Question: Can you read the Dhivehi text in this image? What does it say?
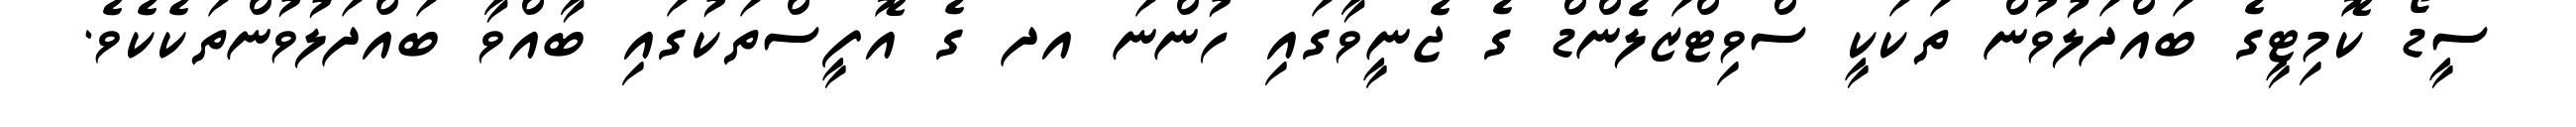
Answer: ސީޑޯ ކޮމިޓީގެ ބައްދަލުވުން ތަކަކީ ސްވިޓްޒަލެންޑް ގެ ޖެނީވާގައި ހުންނަ އދ ގެ އޮފީސްތަކުގައި ބާއްވާ ބައްދަލުވުންތަކެކެވެ.